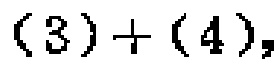
\((3)+(4)\)